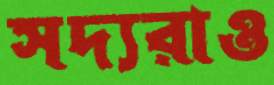
সদ্যরাও